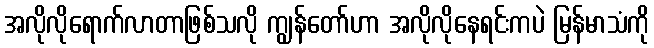
အလိုလိုရောက်လာတာဖြစ်သလို ကျွန်တော်ဟာ အလိုလိုနေရင်းကပဲ မြန်မာသံကို